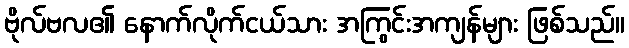
ဗိုလ်ဗလ၏ နောက်လိုက်ငယ်သား အကြွင်းအကျန်များ ဖြစ်သည်။